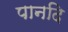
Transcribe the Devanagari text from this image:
पानदि